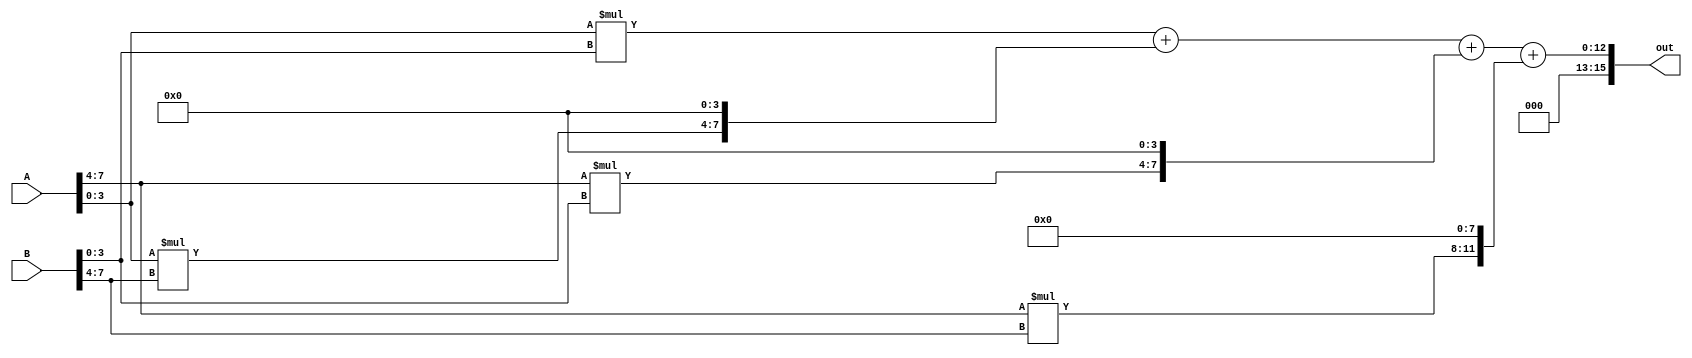
/*Ayush Aryan
2018A8PS0041P*/

//Q1

module multi(input [7:0]A,B, output [15:0] out );

wire [15:0] s1 = {8'd0, A[3:0]*B[3:0]};
wire [15:0] s2 = {4'd0, A[3:0]*B[7:4], 4'd0};
wire [15:0] s3 = {4'd0, A[7:4]*B[3:0], 4'd0};
wire [15:0] s4 = { A[7:4]*B[7:4], 8'd0};

assign out= s1+s2+s3+s4;

endmodule

module test();

wire [15:0]out;
reg [7:0]A,B;

initial begin
    $dumpfile("mutli.vcd");
	$dumpvars;
end

multi t(A,B, out);

initial begin

        #2 A=8'd2;
           B=8'd4; 
        #6 A=8'd16;
           B=8'd10; 

        #2 $finish;
    end

    initial
		$monitor($time," A=%d B=%d Out=%d", A, B, out);
endmodule